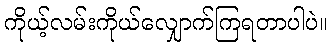
ကိုယ့်လမ်းကိုယ်လျှောက်ကြရတာပါပဲ။